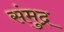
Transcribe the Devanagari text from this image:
संमुद्र